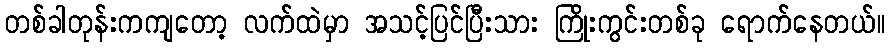
တစ်ခါတုန်းကကျတော့ လက်ထဲမှာ အသင့်ပြင်ပြီးသား ကြိုးကွင်းတစ်ခု ရောက်နေတယ်။